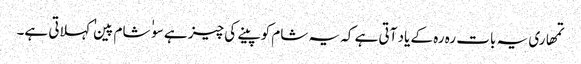
تمھاری یہ بات رہ رہ کے یاد آتی ہے کہ یہ شام کو پینے کی چیز ہے سو ٰ ٰ شام پین ٰ ٰ کہلاتی ہے۔